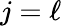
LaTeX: j=\ell